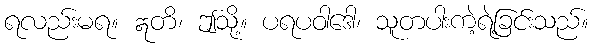
ရလည်းမရ။ ဣတိ၊ ဤသို့။ ပရပဝါဒေါ၊ သူတပါးကဲ့ရဲ့ခြင်းသည်။